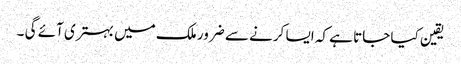
یقین کیا جاتا ہے کہ ایسا کرنے سے ضرور ملک میں بہتری آئے گی ۔